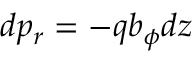
\displaystyle { d p _ { r } = - q b _ { \phi } d z }